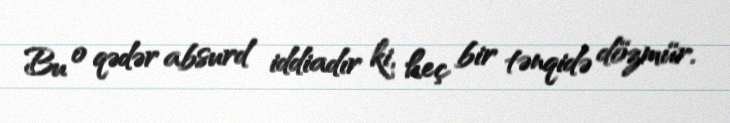
Bu o qədər absurd iddiadır ki, heç bir tənqidə dözmür.